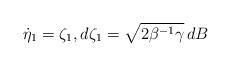
LaTeX: \begin{align*} \dot \eta_1 = \zeta_1, d\zeta_1 = \sqrt{2\beta^{-1}\gamma}\, dB\end{align*}